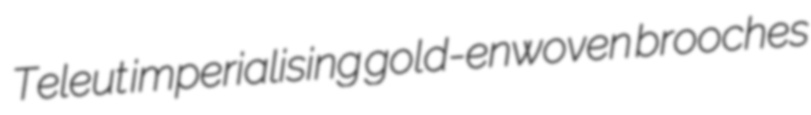
Teleut imperialising gold-enwoven brooches